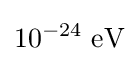
10^{-24}~{\text{eV}}